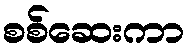
စစ်ဆေးကာ